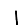
Digit: 1